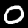
Label: 0